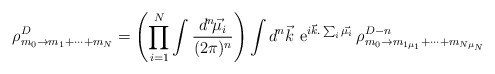
\begin{align*}\rho^{D}_{m_0\rightarrow m_{1}+\cdots +m_{N}}= \left(\prod_{i=1}^N\int\frac{d^n\!\vec{\mu_i}}{(2\pi)^n}\right) \int d^n\vec{k}\,\,{\rm e}^{i\vec{k}.\sum_i\vec{\mu_i}} \, \rho^{D-n}_{m_0\rightarrow m_{1\mu_1}+\cdots +m_{N\mu_N}}\end{align*}